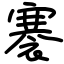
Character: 褰